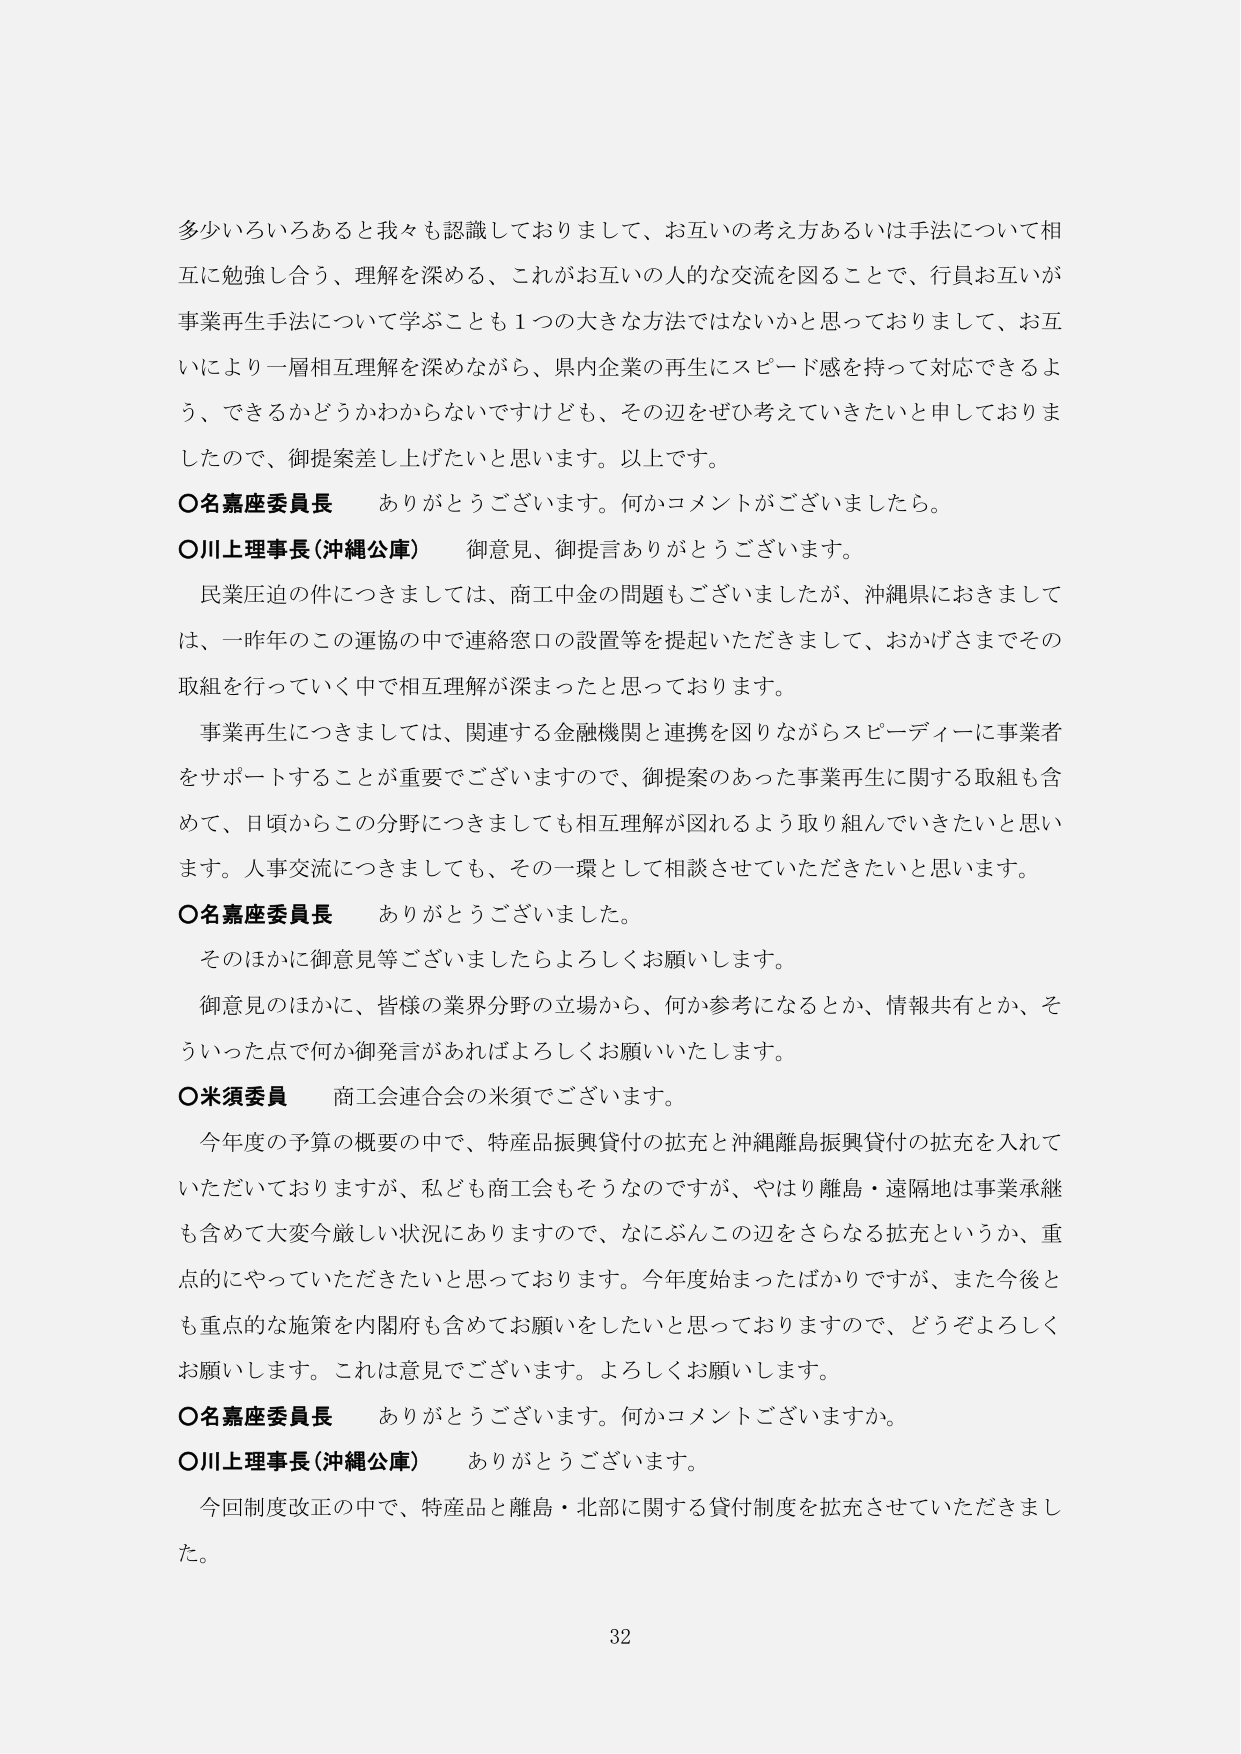
多少いろいろあると我々も認識しておりまして、お互いの考え方あるいは手法について相互に勉強し合う、理解を深める、これがお互いの人的な交流を図ることで、行員お互いが事業再生手法について学ぶことも１つの大きな方法ではないかと思っておりまして、お互いにより一層相互理解を深めながら、県内企業の再生にスピード感を持って対応できるよう、できるかどうかわからないですけども、その辺をぜひ考えていきたいと申しておりましたので、御提案差し上げたいと思います。以上です。

〇名嘉座委員長　ありがとうございます。何かコメントがございましたら。

〇川上理事長（沖縄公庫）　御意見、御提言ありがとうございます。

　民業圧迫の件につきましては、商工中金の問題もございましたが、沖縄県におきましては、一昨年のこの運協の中で連絡窓口の設置等を提起いただきました、おかげさまでその取組を行っていく中で相互理解が深まったと思っております。

　事業再生につきましては、関連する金融機関と連携を図りながらスピーディーに事業者をサポートすることが重要でございますので、御提案のあった事業再生に関する取組も含めて、日頃からこの分野につきましても相互理解が図れるよう取り組んでいきたいと思います。人事交流につきましても、その一環として相談させていただきたいと思います。

〇名嘉座委員長　ありがとうございました。

　そのほかに御意見等ございましたらよろしくお願いします。

　御意見のほかに、皆様の業界分野の立場から、何か参考になるとか、情報共有とか、そういった点で何か御発言があればよろしくお願いいたします。

〇米須委員　商工会連合会の米須でございます。

　今年度の予算の概要の中で、特産品振興貸付の拡充と沖縄離島振興貸付の拡充を入れていただいておりますが、私ども商工会もそうなのですが、やはり離島・遠隔地は事業承継も含めて大変今厳しい状況にありますので、なにぶんこの辺をさらなる拡充というか、重点的にやっていただきたいと思っております。今年度始まったばかりですが、また今後とも重点的な施策を内閣府も含めてお願いをしたいと思っておりますので、どうぞよろしくお願いします。これは意見でございます。よろしくお願いします。

〇名嘉座委員長　ありがとうございます。何かコメントございますか。

〇川上理事長（沖縄公庫）　ありがとうございます。

　今回制度改正の中で、特産品と離島・北部に関する貸付制度を拡充させていただきました。

32